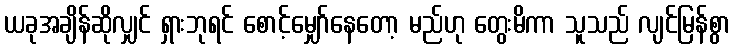
ယခုအချိန်ဆိုလျှင် ရှားဘုရင် စောင့်မျှော်နေတော့ မည်ဟု တွေးမိကာ သူသည် လျင်မြန်စွာ